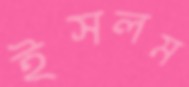
ইসলম